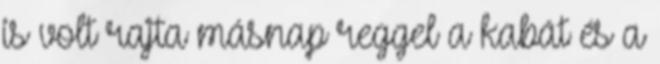
is volt rajta másnap reggel a kabát és a